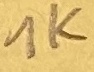
Text: 1K